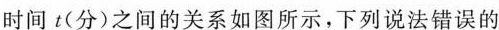
时间t(分)之间的关系如图所示，下列说法错误的